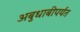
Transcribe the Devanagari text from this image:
अबुधाबीपर्यंत